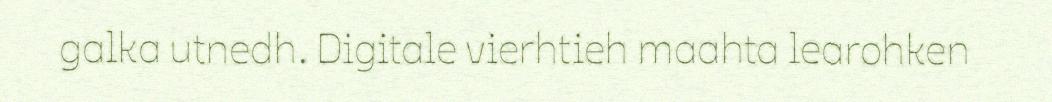
galka utnedh. Digitale vierhtieh maahta learohken